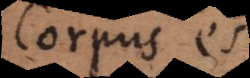
Corpus est